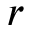
\boldsymbol { r }